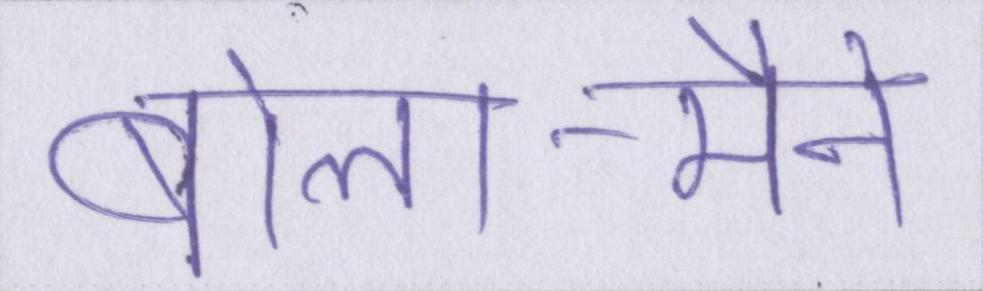
बोला-मैँने